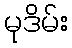
မုဒိမ်း